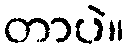
တာပဲ။